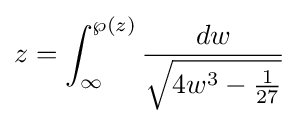
z=\int _{\infty }^{\wp (z)}{\frac {dw}{\sqrt {4w^{3}-{\tfrac {1}{27}}}}}